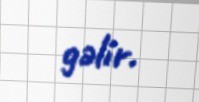
gəlir.